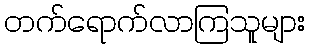
တက်ရောက်လာကြသူများ